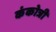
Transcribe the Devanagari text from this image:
कंकोत्री